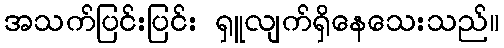
အသက်ပြင်းပြင်း ရှူလျက်ရှိနေသေးသည်။